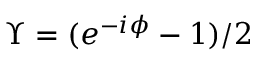
\Upsilon = ( e ^ { - i \phi } - 1 ) / 2